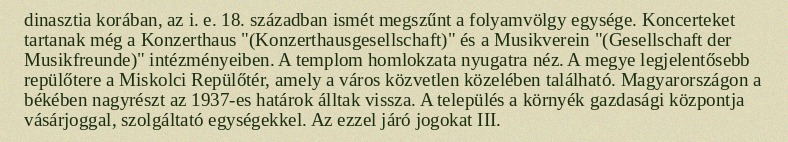
dinasztia korában, az i. e. 18. században ismét megszűnt a folyamvölgy egysége. Koncerteket tartanak még a Konzerthaus "(Konzerthausgesellschaft)" és a Musikverein "(Gesellschaft der Musikfreunde)" intézményeiben. A templom homlokzata nyugatra néz. A megye legjelentősebb repülőtere a Miskolci Repülőtér, amely a város közvetlen közelében található. Magyarországon a békében nagyrészt az 1937-es határok álltak vissza. A település a környék gazdasági központja vásárjoggal, szolgáltató egységekkel. Az ezzel járó jogokat III.